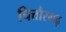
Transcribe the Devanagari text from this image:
चित्तौरगढ़